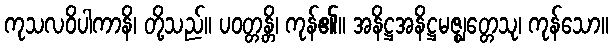
ကုသလဝိပါကာနိ၊ တို့သည်။ ပဝတ္တန္တိ၊ ကုန်၏။ အနိဋ္ဌအနိဋ္ဌမဇ္ဈတ္တေသု၊ ကုန်သော။